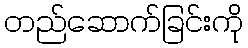
တည်ဆောက်ခြင်းကို